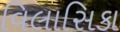
વિલાસિકા